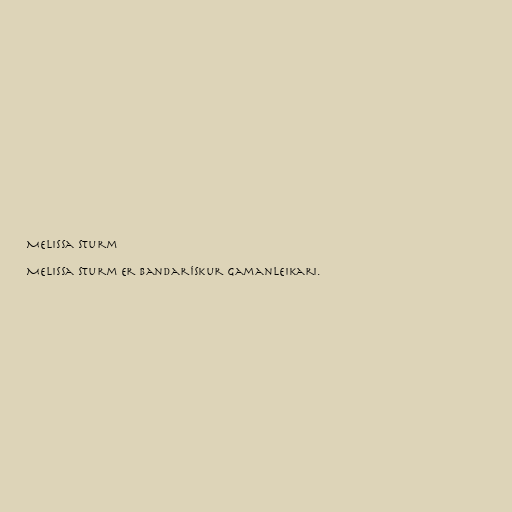
Melissa Sturm

Melissa Sturm er bandarískur gamanleikari.